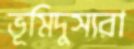
ভূমিদুস্যরা